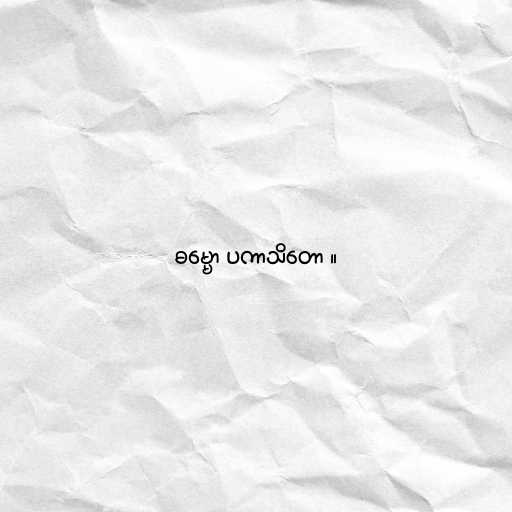
ဓမ္မော ပကာသိတော ။